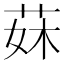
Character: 𦰕